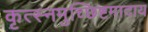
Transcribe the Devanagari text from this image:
कृत्स्नमुच्छिष्टमादाय